Newspaper: The Cass County Republican. [volume]
Place of publication: Dowagiac, Mich.
Publisher: Jones & Campbell
Date: 1860-08-23 00:00:00
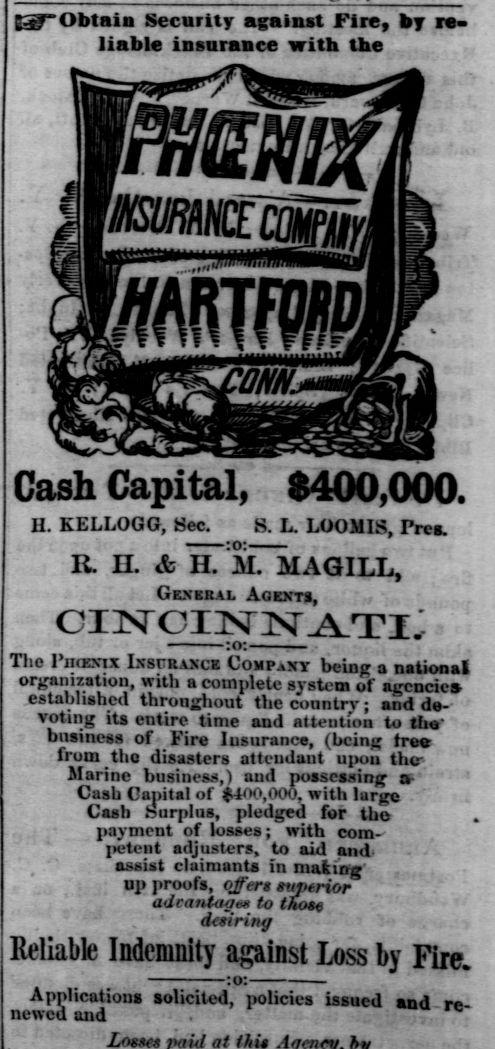
Advertisement text (OCR):
E3yObtain Security against Fire, by re liable insurance with the mm, Cash Capital, 0400,000. II. KELLOGG, Sec. S. L. LOOMIS, Tref. R. H. & ILmTmAGILL, General Agents, , The Pnccrix Ixsfraxck Company bein a national 7 IE organization, witn a complete system of aircncie established throughout the country ; and de--voting its entire time and attention to th -business of. Fire Insurance, (being fre from the disasters attendant upon the Marine business,) aud possessing o-' ! Cash Capital of $400,000, with large Cash burplus, pledged for the . payment of losses; with com petent adjusters, to aid and- - -assist claimants in mating' BP proofs, offers tvptrior adcaiUages to thote ' desiring Reliable Indemnity against Loss by Fire. :o: Applications Solicited, noliciea i newed and . .
Label: illustrations